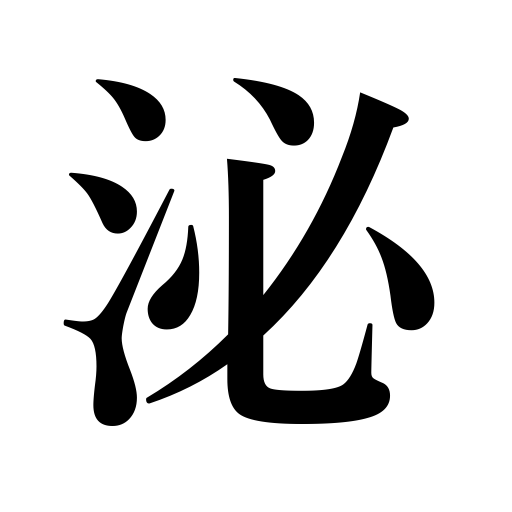
Meanings: secrete,penetrate,flow,soak in